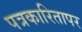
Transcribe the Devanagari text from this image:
पत्रकारितापर